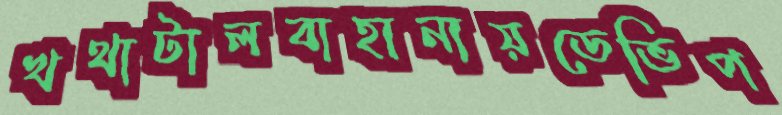
খথাটালবাহানায়ডেভিপ